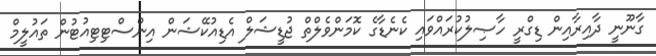
ގާނޫނީ ދާއިރާއިން ޑިގްރީ ހާޞިލުކުރައްވައި ކެނެޑާގެ ކޮމަންވެލްތް ޖުޑީޝަލް އެޑިއުކޭޝަން އިންސްޓިޓިއުޓުން ތައުލީމް